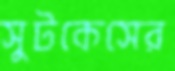
সুটকেসের